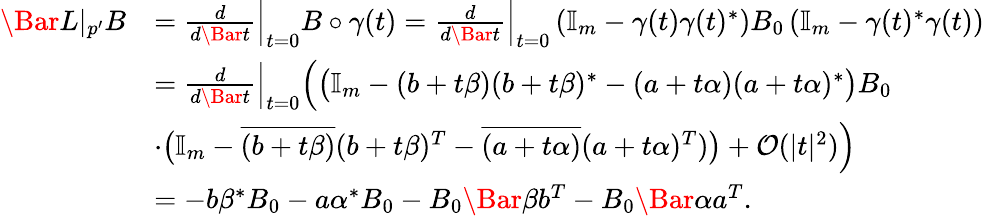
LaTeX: \begin{array}{rl}{\Bar L|_{p^{\prime}}B}&{=\frac{d}{d\Bar t}\Big|_{t=0}B\circ\gamma(t)=\frac{d}{d\Bar t}\Big|_{t=0}\left(\mathbb{I}_{m}-\gamma(t)\gamma(t)^{\ast}\right)B_{0}\left(\mathbb{I}_{m}-\gamma(t)^{\ast}\gamma(t)\right)}\\ &{=\frac{d}{d\Bar t}\Big|_{t=0}\Big(\big(\mathbb{I}_{m}-(b+t\beta)(b+t\beta)^{\ast}-(a+t\alpha)(a+t\alpha)^{\ast}\big)B_{0}}\\ &{\cdot\big(\mathbb{I}_{m}-\overline{{(b+t\beta)}}(b+t\beta)^{T}-\overline{{(a+t\alpha)}}(a+t\alpha)^{T})\big)+\mathcal{O}(|t|^{2})\Big)}\\ &{=-b\beta^{\ast}B_{0}-a\alpha^{\ast}B_{0}-B_{0}\Bar\beta b^{T}-B_{0}\Bar\alpha a^{T}.}\end{array}